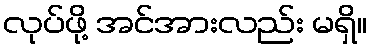
လုပ်ဖို့ အင်အားလည်း မရှိ။